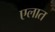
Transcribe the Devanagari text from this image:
एलात